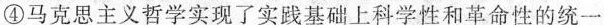
④马克思主义哲学实现了实践基础上科学性和革命性的统一